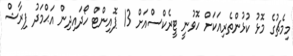
މިމެޗުގެ މޮޅު ކުޅުންތެރިއަކަށް ހޮވުނީ ޓީރެކްސްއަށް 13 ޕޮއިންޓް ހޯދައިދިން އަޙްމަދު ފިރާޝް